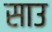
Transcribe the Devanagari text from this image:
साउ